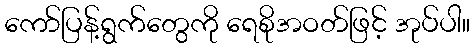
ကော်ပြန့်ရွက်တွေကို ရေစိုအဝတ်ဖြင့် အုပ်ပါ။